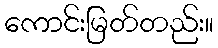
ကောင်းမြတ်တည်း။